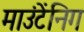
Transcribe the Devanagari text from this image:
माउंटेंनिग